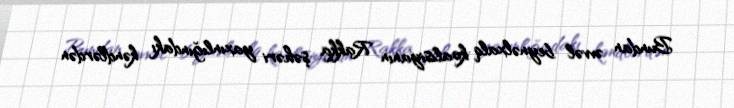
Bundan əvvəl beynəlxalq koalisiyanın Rakka şəhəri yaxınlığındakı kəndlərdən